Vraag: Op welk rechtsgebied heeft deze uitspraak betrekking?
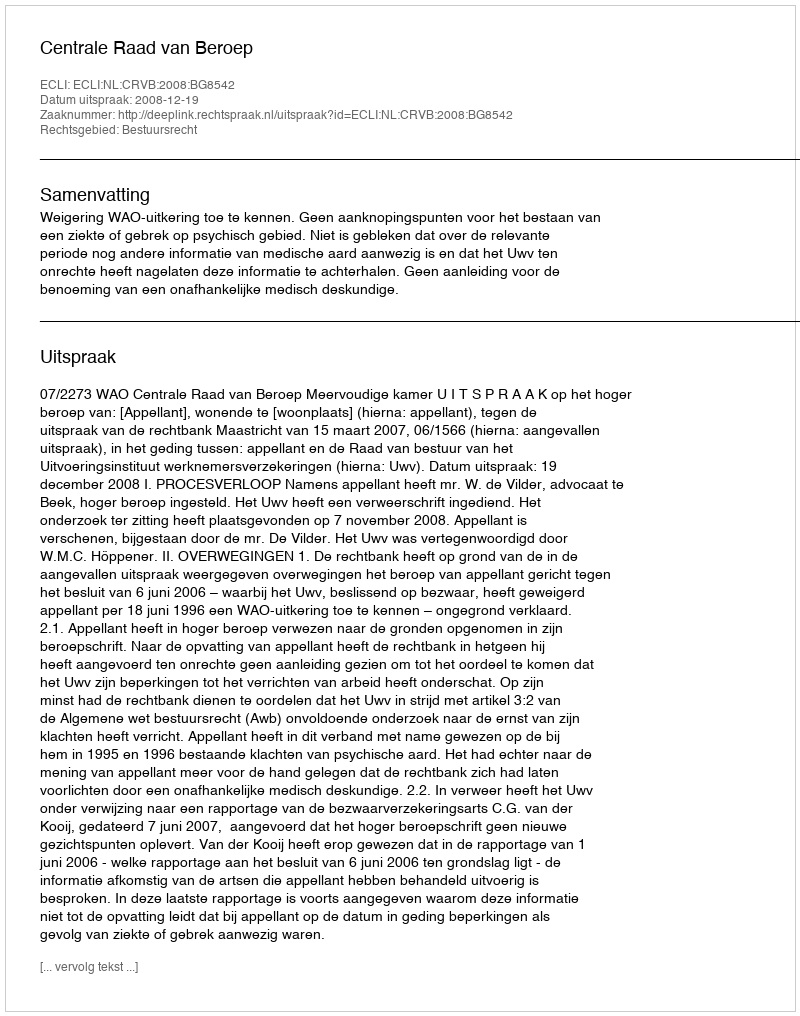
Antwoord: Bestuursrecht